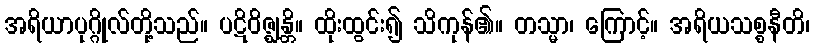
အရိယာပုဂ္ဂိုလ်တို့သည်။ ပဋိဝိဇ္ဈန္တိ။ ထိုးထွင်း၍ သိကုန်၏။ တသ္မာ၊ ကြောင့်။ အရိယသစ္စနီတိ၊